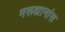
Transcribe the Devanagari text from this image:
मरूद्यानांस